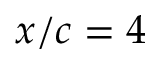
x / c = 4